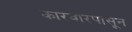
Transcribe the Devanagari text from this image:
कारवारपासून